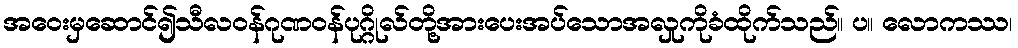
အဝေးမှဆောင်၍သီလဝန်ဂုဏဝန်ပုဂ္ဂိုလ်တို့အားပေးအပ်သောအလှုကိုခံထိုက်သည်။ ပ။ လောကဿ၊